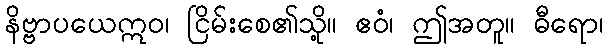
နိဗ္ဗာပယေဣဝ၊ ငြိမ်းစေ၏သို့။ ဧဝံ၊ ဤအတူ။ ဓီရော၊